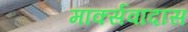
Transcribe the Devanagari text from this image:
मार्क्सवादास